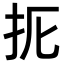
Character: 𢪦